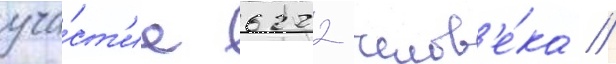
уча́ст'ие 6222 челов'е́ка //